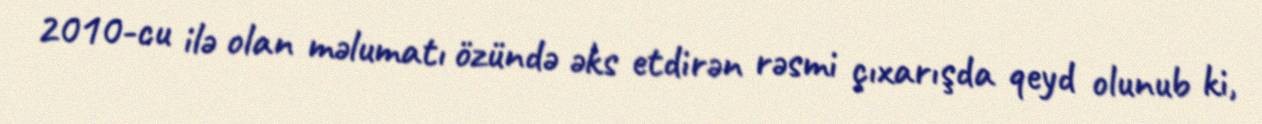
2010-cu ilə olan məlumatı özündə əks etdirən rəsmi çıxarışda qeyd olunub ki,